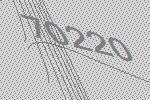
70220